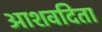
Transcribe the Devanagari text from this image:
आशवदिता